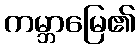
ကမ္ဘာမြေ၏